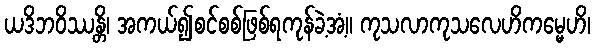
ယဒိဘဝိဿန္တိ၊ အကယ်၍စင်စစ်ဖြစ်ရကုန်ခဲ့အံ့။ ကုသလာကုသလေဟိကမ္မေဟိ၊